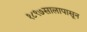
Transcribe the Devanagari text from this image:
१८९७सालापासून